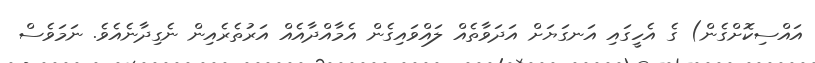
އައްސިކޮށްގެން) ގެ އެހީގައި އަނގަޔަށް އަދަވާތެއް ލައްވައިގެން އެމާއްދާއެއް އަރުތެރެއިން ނެގިދާނެއެވެ. ނަމަވެސް